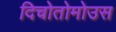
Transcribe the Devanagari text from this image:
दिचोतोमोउस